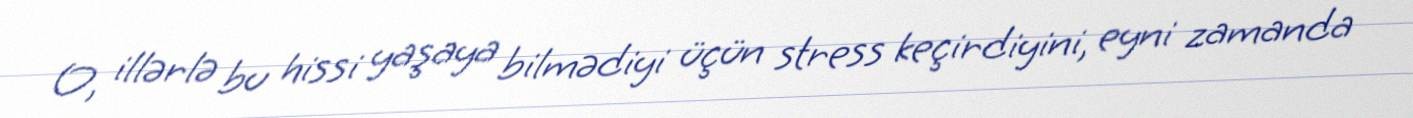
O, illərlə bu hissi yaşaya bilmədiyi üçün stress keçirdiyini, eyni zamanda